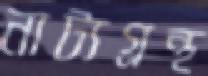
নাট্যগ্রন্থ